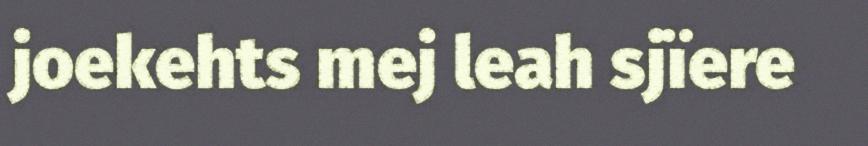
joekehts mej leah sjïere